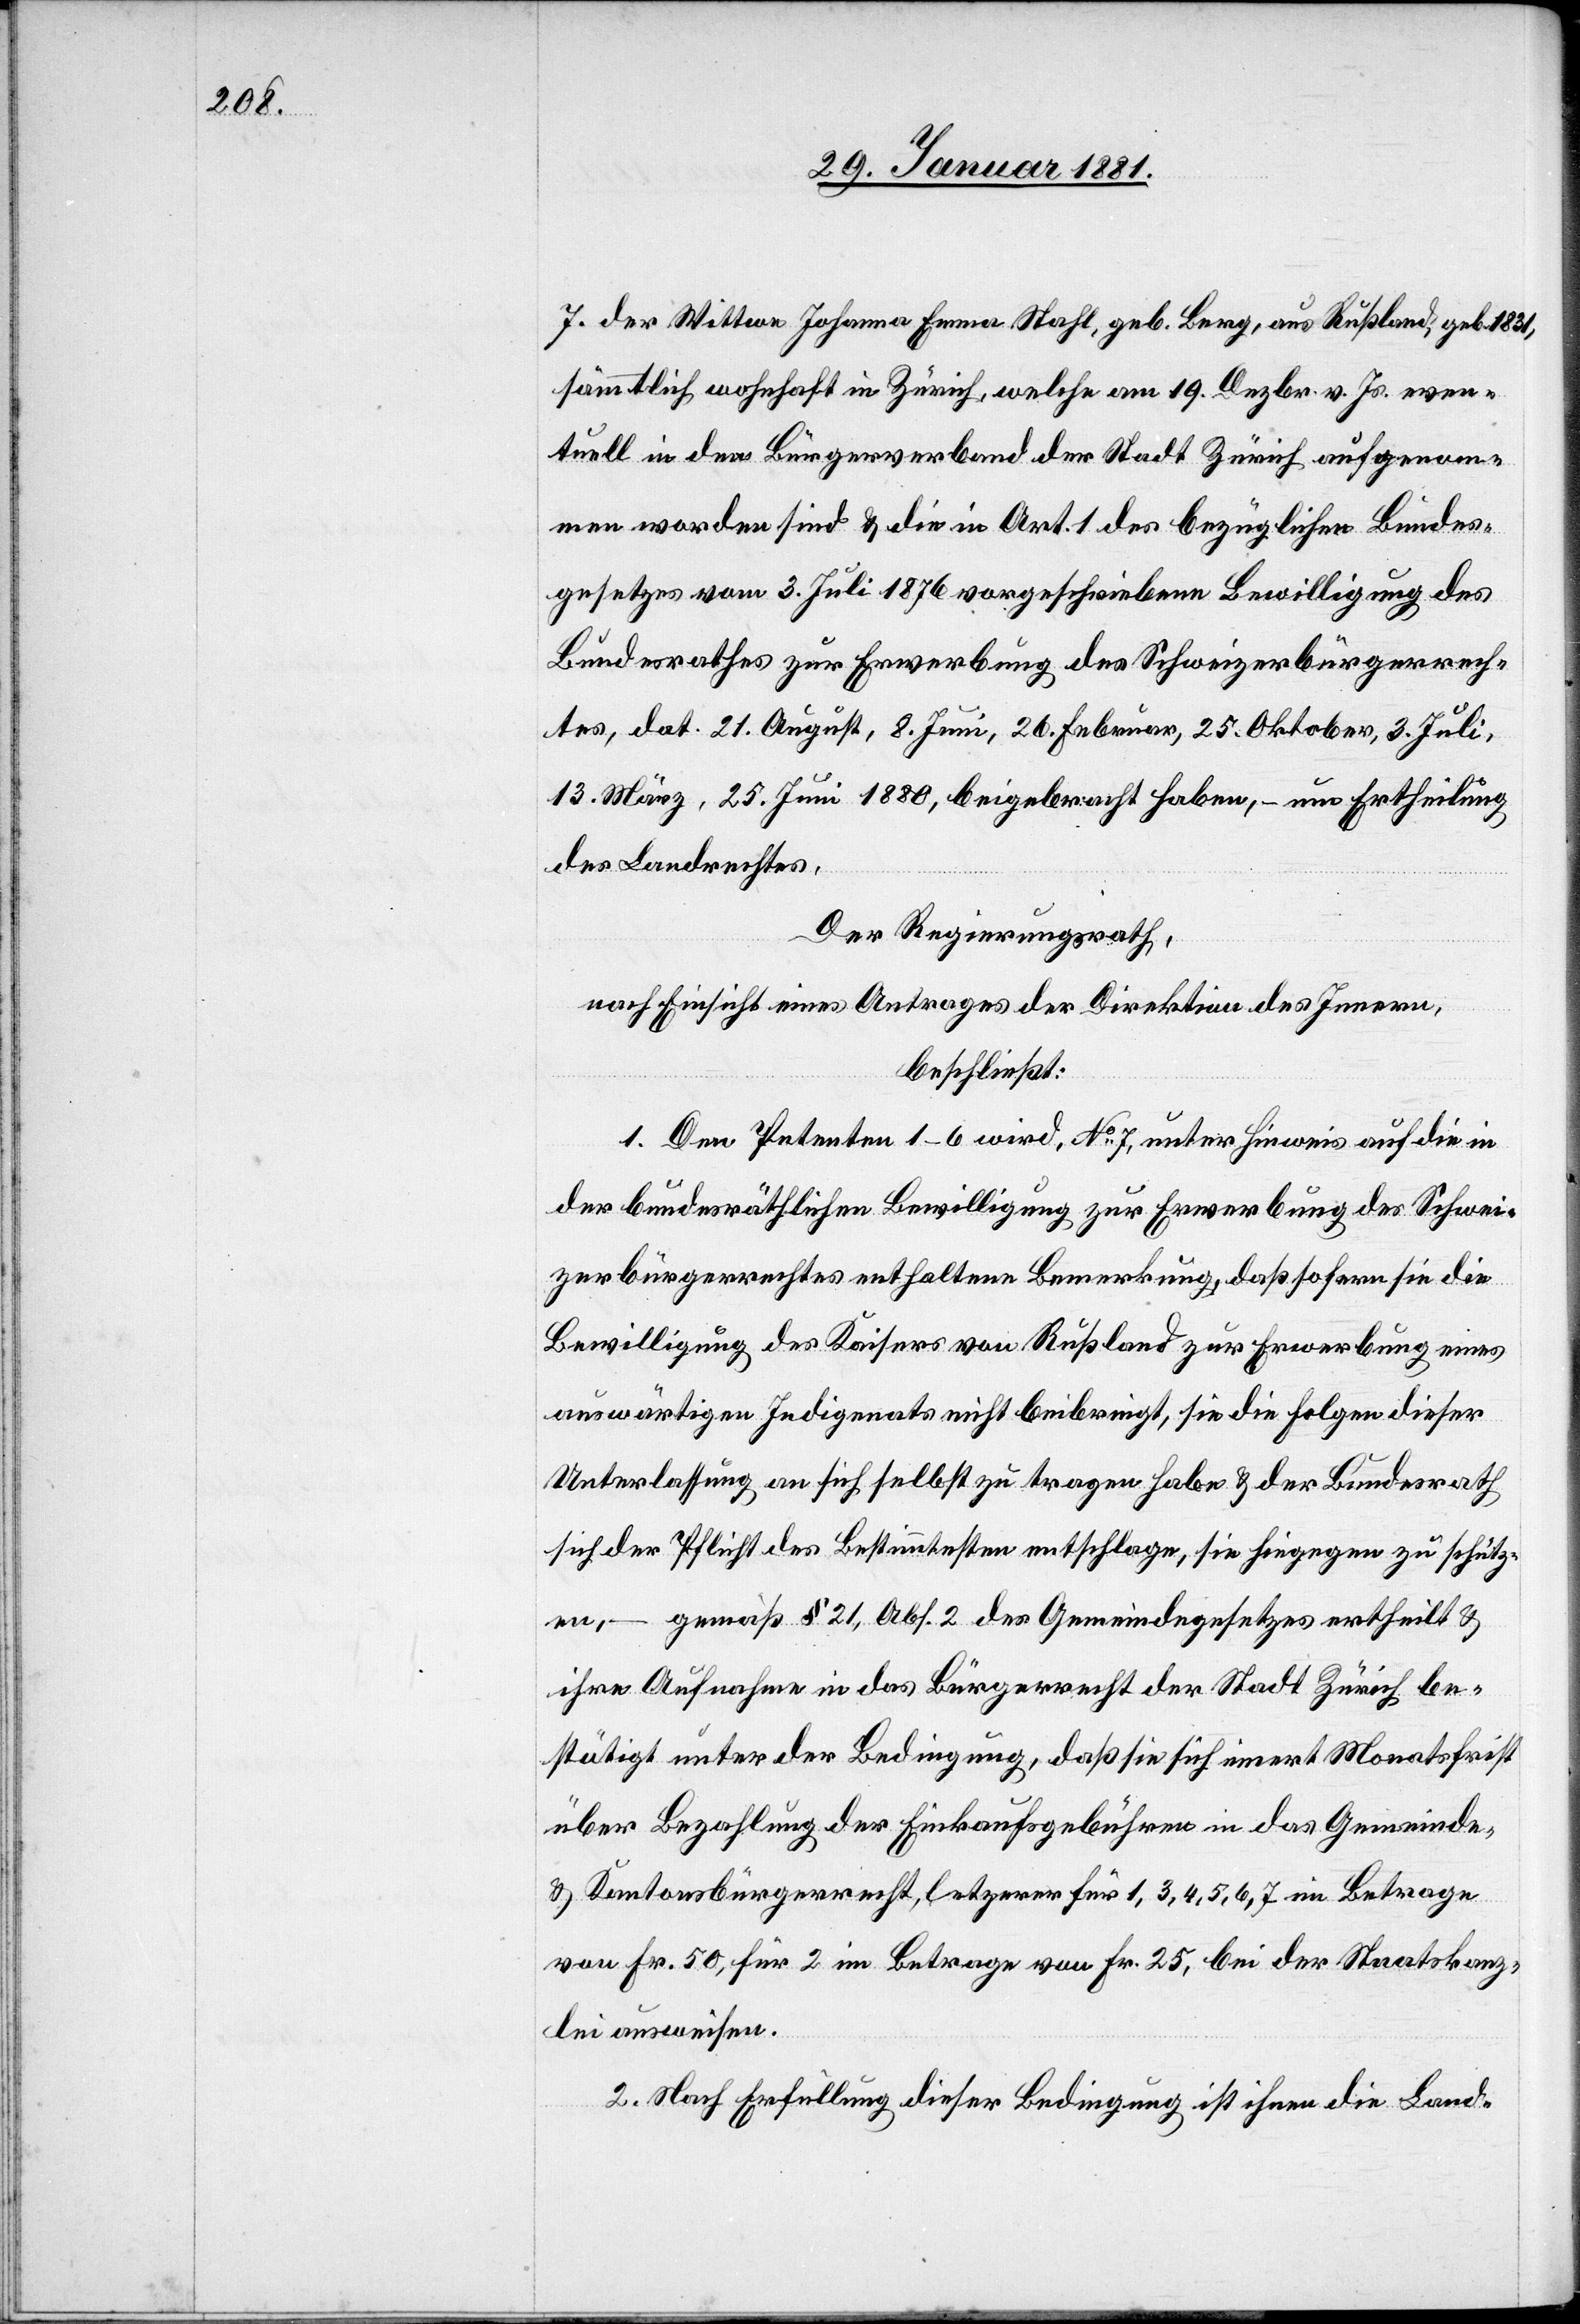
1831,

sämmtliche wohnhaft in Zürich, welche am 19. Dezbr. v. Js. even¬
tuell in den Bürgerverband der Stadt Zürich aufgenom¬
men worden sind & die in Art. 1 des bezüglichen Bundes¬
gesetzes vom 3. Juli 1876 vorgeschriebene Bewilligung des
Bundesrathes zur Erwerbung des Schweizerbürgerrech¬
tes, dat. 21. August, 8. Juni, 21. Februar, 25. Oktober, 3. Juli,
13. März, 25. Juni 1880, beigebracht haben, – um Ertheilung
des Landrechtes.
Der Regierungsrath,
nach Einsicht eines Antrages der Direktion des Innern,
beschliesst:
1. Den Petenten 1–6 wird, No 7 unter Hinweis auf die in
der bundesräthlichen Bewilligung zur Erwerbung des Schwei¬
zerbürgerrechtes enthaltene Bemerkung, daß sofern sie die
Bewilligung des Kaisers von Rußland zur Erwerbung eines
auswärtigen Indigenats nicht beibringt, sie die Folgen dieser
Unterlassung an sich selbst zu tragen habe & der Bundesrath
sich der Pflicht des Bestimmtesten entschlage, die hiegegen zu schütz¬
gemäß § 21, Abs. 2 des Gemeindegesetzes ertheilt &
en, –
ihre Aufnahme in das Bürgerrecht der Stadt Zürich be¬
stätigt unter der Bedingung, daß sie sich innert Monatsfrist
über Bezahlung der Einkaufgebühren in das Gemeinde-
& Kantonsbürgerecht, letzterer für 1, 3, 4, 5, 6, 7, im Betrage
von Fr. 50, für 2 im Betrage von Fr. 25, bei der Staatskanz¬
lei ausweisen.
2. Nach Erfüllung dieser Bedingung ist ihnen die Land-